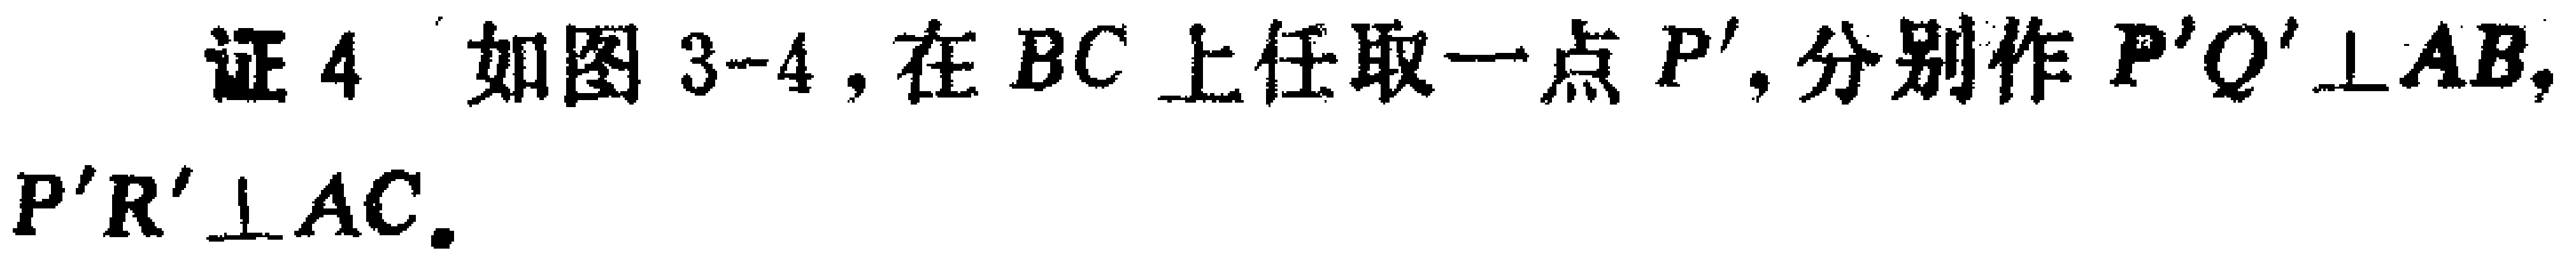
证4 如图3-4，在 \(BC\) 上任取一点 \(P'\)，分别作 \(P'Q'\perp AB\)， \(P'R'\perp AC\).